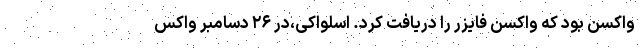
واکسن بود که واکسن فایزر را دریافت کرد. اسلواکی،در ۲۶ دسامبر واکس